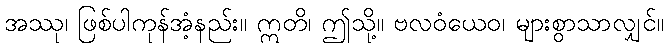
အဿု၊ ဖြစ်ပါကုန်အံ့နည်း။ ဣတိ၊ ဤသို့။ ဗလဝံယေဝ၊ များစွာသာလျှင်။